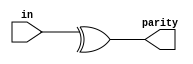
// this example is "even" parity
module top_module (
    input [7:0] in,
    output parity); 

    //parity checking: 
    // if in1:
    //     if 
    //         0
    //     if :
    //         1

    assign parity = ^in;

endmodule